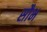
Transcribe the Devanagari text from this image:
सौभ